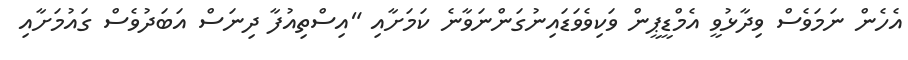
އެހެން ނަމަވެސް ވިދާޅުވީ އެމްޑީޕީން ވަކިވެވަޑައިނުގަންނަވާނެ ކަމަށާއި "އިސްތިއުފާ ދިނަސް އަބަދުވެސް ގައުމަށާއި